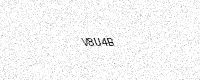
Text: V8U4B